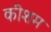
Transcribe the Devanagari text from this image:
कीशम